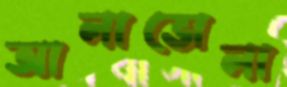
আলাভোলা